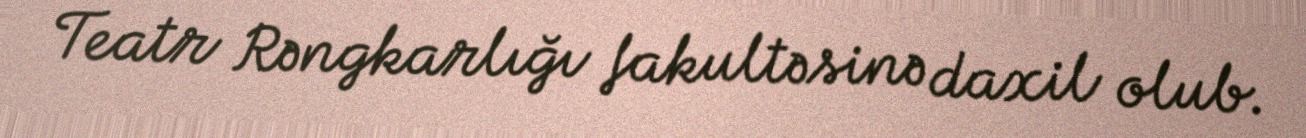
Teatr Rəngkarlığı fakultəsinə daxil olub.